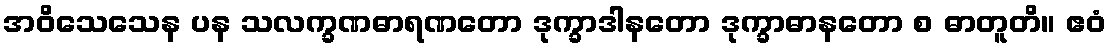
အဝိသေသေန ပန သလက္ခဏဓာရဏတော ဒုက္ခာဒါနတော ဒုက္ခာဓာနတော စ ဓာတူတိ။ ဧဝံ